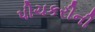
પીચકરીની